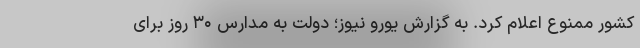
کشور ممنوع اعلام کرد. به گزارش یورو نیوز؛ دولت به مدارس ۳۰ روز برای